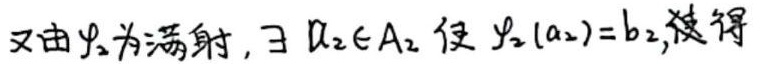
又由$\psi_2$为满射, $\exists\ a_2\in A_2$ 使 $\psi_2(a_2)=b_2$, 使得